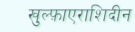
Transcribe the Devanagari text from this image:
खुल्फ़ाएराशिदीन